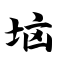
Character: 垴